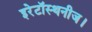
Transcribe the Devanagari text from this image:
इरेटॉस्थनीज।